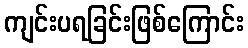
ကျင်းပရခြင်းဖြစ်ကြောင်း